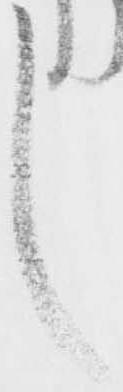
し